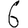
Digit: 6